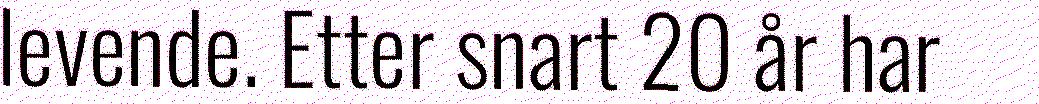
levende. Etter snart 20 år har